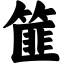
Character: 篚